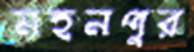
মহনপুর